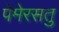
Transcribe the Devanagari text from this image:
पेमेरसतु